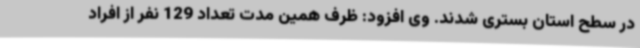
در سطح استان بستری شدند. وی افزود: ظرف همین مدت تعداد 129 نفر از افراد